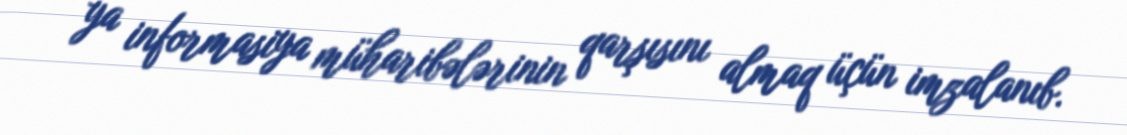
ya informasiya müharibələrinin qarşısını almaq üçün imzalanıb.